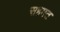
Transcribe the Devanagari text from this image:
सहमत